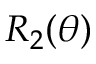
R _ { 2 } ( \theta )